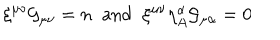
\xi ^ { \mu \nu } { \cal G } _ { \mu \nu } = n \; \; \mathrm { a n d } \; \; \xi ^ { \mu \nu } \eta _ { A } ^ { \alpha } { \cal G } _ { \mu \alpha } = 0